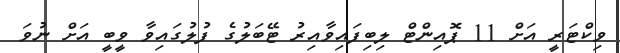
ވިކްޓަރީ އަށް 11 ޕޮއިންޓް ލިބިފައިވާއިރު ޓޭބަލުގެ ފުލުގައިވާ ވީބީ އަށް ނުވަ